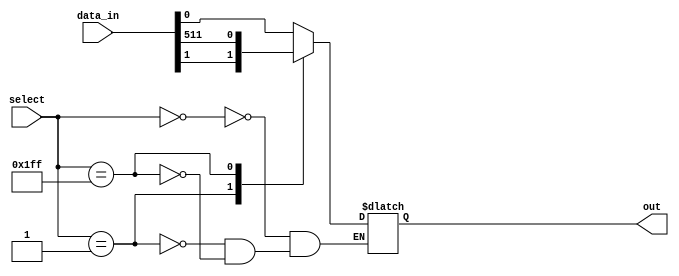
module mux_512to1 (
    input [511:0] data_in,
    input [8:0] select,
    output reg out
);

always @ (*) begin
    case (select)
        9'b000_000_000: out = data_in[0];
        9'b000_000_001: out = data_in[1];
        // Continue with cases for all 512 data input lines
        // 9'b1_111_111_110: out = data_in[510];
        9'b1_111_111_111: out = data_in[511];
    endcase
end

endmodule